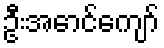
ဦးအောင်ကျော်